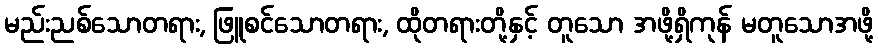
မည်းညစ်သောတရား, ဖြူစင်သောတရား, ထိုတရားတို့နှင့် တူသော အဖို့ရှိကုန် မတူသောအဖို့